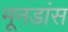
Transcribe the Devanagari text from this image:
मूनडांस